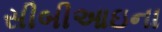
સીબીઆઇના